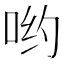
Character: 哟